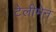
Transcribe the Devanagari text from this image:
टेलीमेन